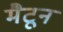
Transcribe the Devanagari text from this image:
मैटून